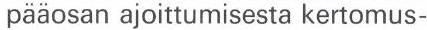
pääosan ajoittumisesta kertomus-